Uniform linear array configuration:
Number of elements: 16
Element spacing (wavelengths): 1
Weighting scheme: cosine
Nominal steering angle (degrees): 15
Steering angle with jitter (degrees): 13.535
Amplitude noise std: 0.05
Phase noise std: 0.05

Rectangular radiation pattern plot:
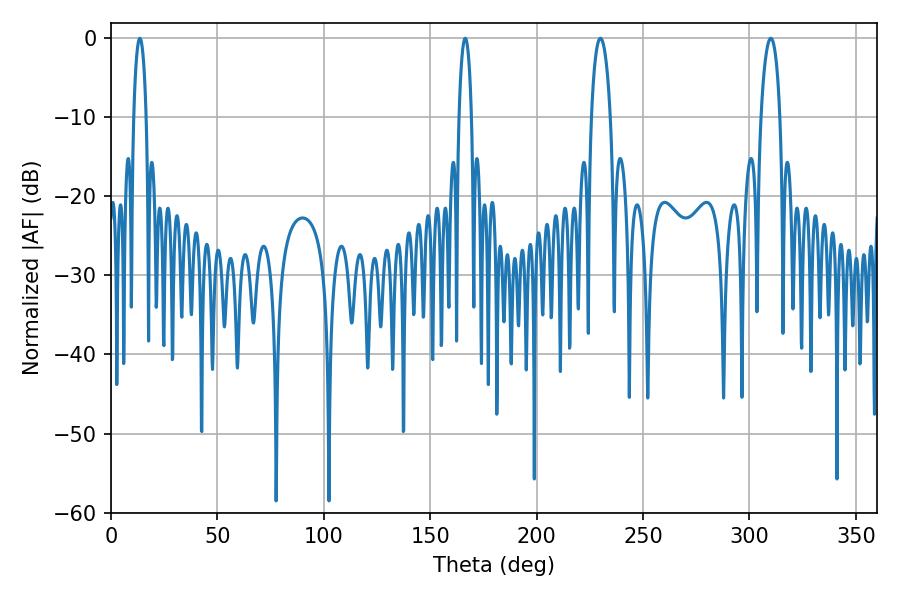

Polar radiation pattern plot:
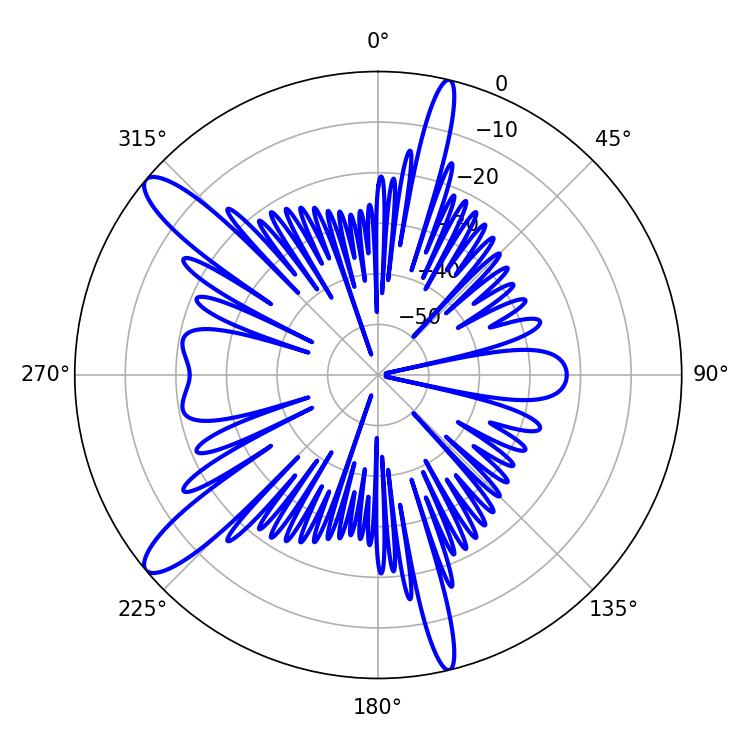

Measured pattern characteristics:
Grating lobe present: TRUE
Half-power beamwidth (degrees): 5.04
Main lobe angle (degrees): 230.04